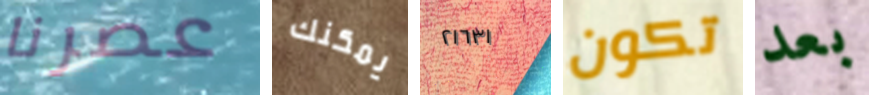
عصرنا يمكنك ٢١٦٣١ تكون بعد